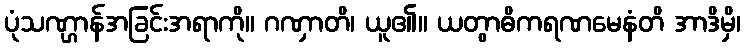
ပုံသဏ္ဌာန်အခြင်းအရာကို။ ဂဏှာတိ၊ ယူ၏။ ယတွာဓိကရဏမေနံတိ အာဒိမှိ၊